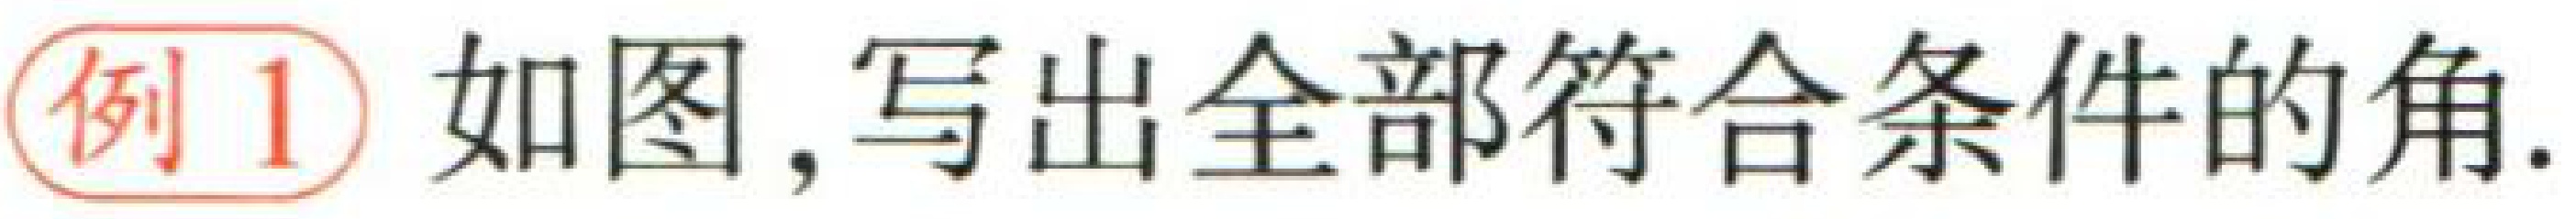
例1 如图, 写出全部符合条件的角.